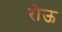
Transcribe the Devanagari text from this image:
रोऊ